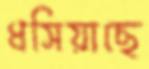
ধসিয়াছে